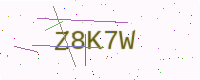
Text: Z8K7W